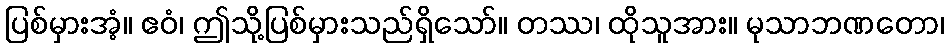
ပြစ်မှားအံ့။ ဧဝံ၊ ဤသို့ပြစ်မှားသည်ရှိသော်။ တဿ၊ ထိုသူအား။ မုသာဘဏတော၊